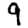
Digit: 9